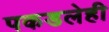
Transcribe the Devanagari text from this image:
पकडलेही